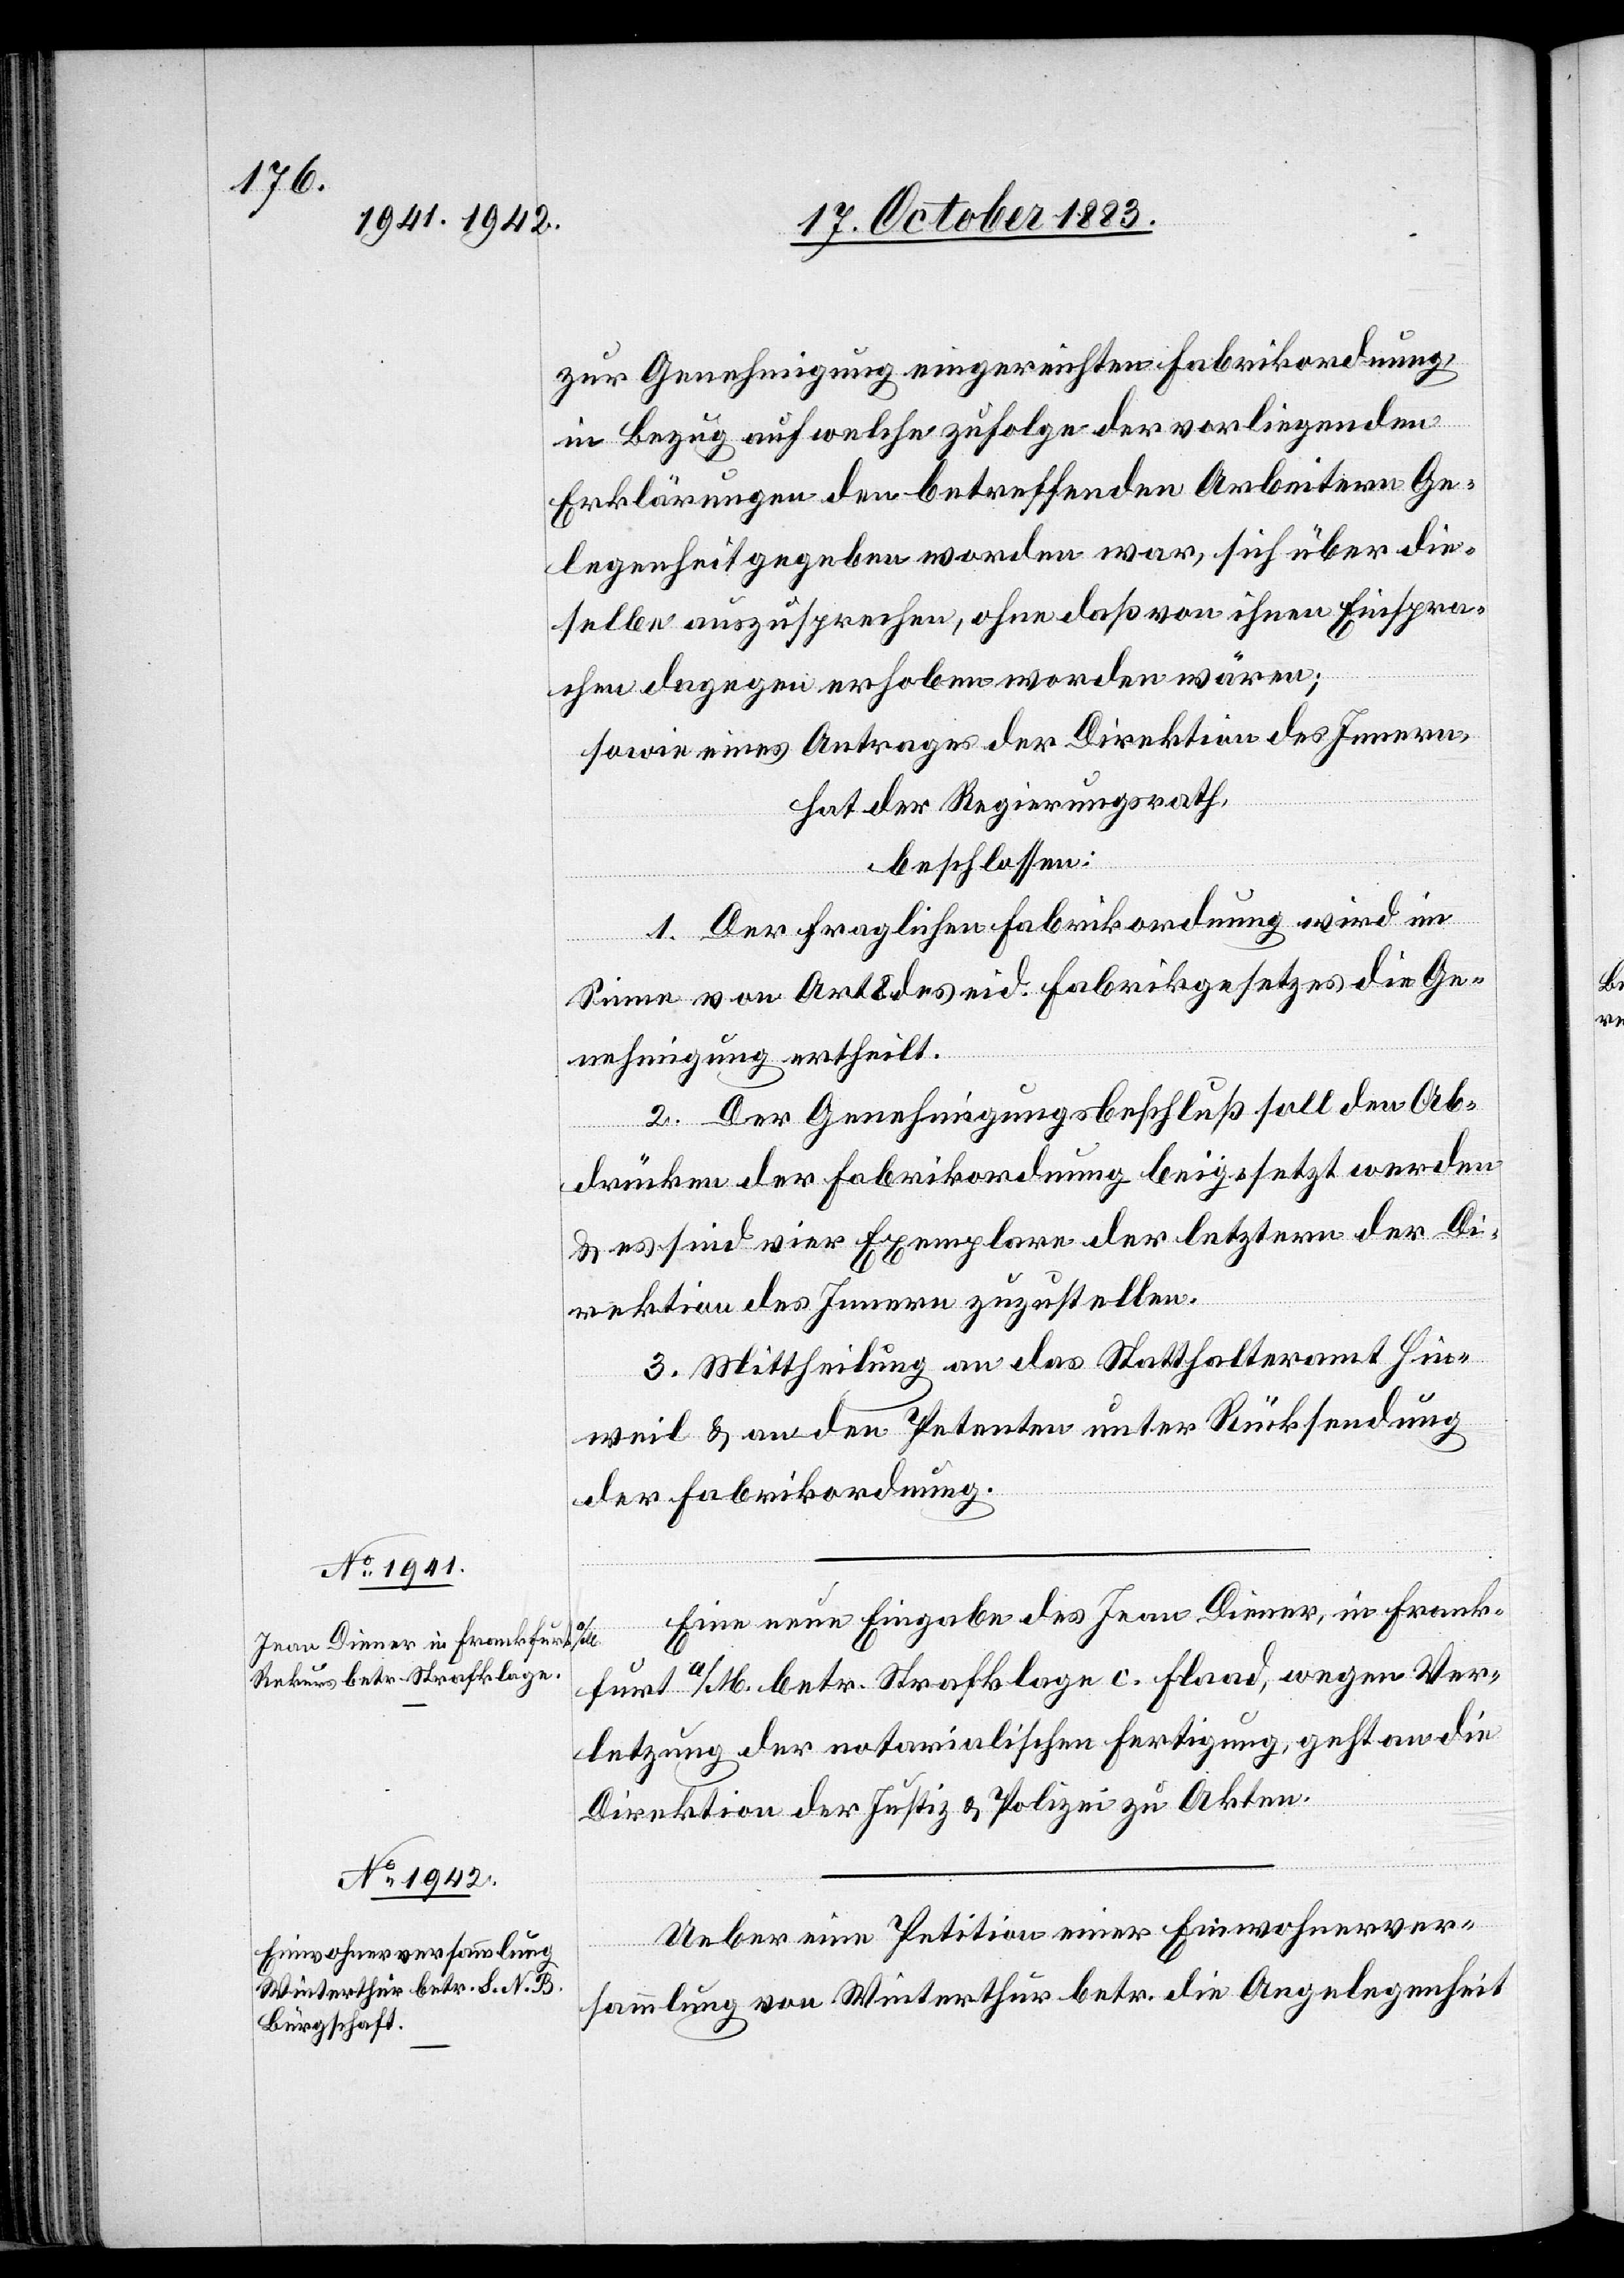
zur Genehmigung eingereichten Fabrikordnung,
in Bezug auf welche zufolge der vorliegenden
Erklärungen den betreffenden Arbeitern Ge¬
legenheit gegeben worden war, sich über die¬
selbe auszusprechen, ohne daß von ihnen Einspra¬
chen dagegen erhoben worden wären;
sowie eines Antrages der Direktion des Innern,
hat der Regierungsrath,
beschlossen:
1. Der fraglichen Fabrikordnung wird im
Sinne von Art 8 des eid. Fabrikgesetzes die Ge¬
nehmigung ertheilt.
2. Der Genehmigungsbeschluß soll den Ab¬
drücken der Fabrikordnung beigesetzt werden
& es sind vier Exemplare der letztern der Di¬
rektion des Innern zuzustellen.
3. Mittheilung an das Statthalteramt Hin¬
weil & an den Petenten unter Rücksendung
der Fabrikordnung.
Eine neue Eingabe des Jean Diener, in Frank¬
furt a/M. betr. Strafklage c. Flaad, wegen Ver¬
letzung der notarialischen Fertigung, geht an die
Direktion der Justiz & Polizei zu Akten.
Ueber eine Petition einer Einwohnerver¬
sammlung von Winterthur betr. die Angelegenheit